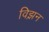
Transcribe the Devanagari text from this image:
विझ़न